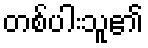
တစ်ပါးသူ၏